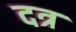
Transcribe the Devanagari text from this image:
दत्र